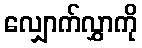
လျှောက်လွှာကို